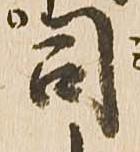
司